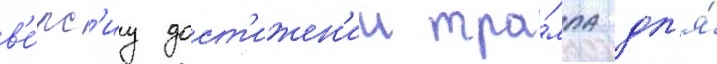
в'е́рс'иу дост'ижен'ии тра́мпа дл'я́